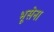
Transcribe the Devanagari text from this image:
भूसेना